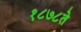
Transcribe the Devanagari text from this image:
१८७८ते